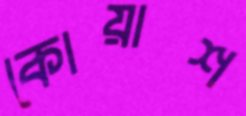
কোয়াশ